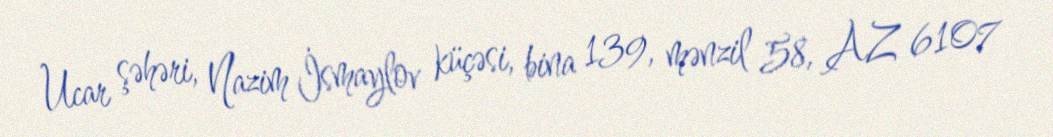
Ucar şəhəri, Nazim İsmaylov küçəsi, bina 139, mənzil 58, AZ 6107